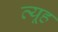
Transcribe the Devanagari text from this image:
व्‍यूह